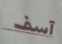
آسف